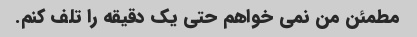
مطمئن من نمی خواهم حتی یک دقیقه را تلف کنم.